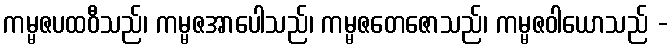
ကမ္မဇပထဝီသည်၊ ကမ္မဇအာပေါသည်၊ ကမ္မဇတေဇောသည်၊ ကမ္မဇဝါယောသည် -